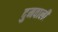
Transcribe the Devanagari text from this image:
दुमवाली